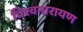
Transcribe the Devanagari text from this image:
विश्वनारायण